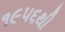
૧૯૫૬થી